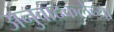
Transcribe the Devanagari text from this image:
अनुवादकलेच्या